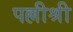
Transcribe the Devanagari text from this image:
पल्लीश्री